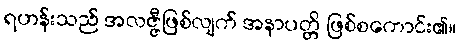
ရဟန်းသည် အလဇ္ဇီဖြစ်လျက် အနာပတ္တိ ဖြစ်စကောင်း၏။